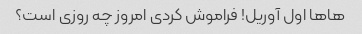
هاها اول آوریل! فراموش کردی امروز چه روزی است؟